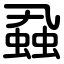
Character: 蝨